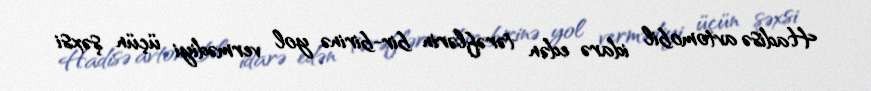
Hadisə avtomobil idarə edən tərəflərin bir-birinə yol vermədiyi üçün şəxsi